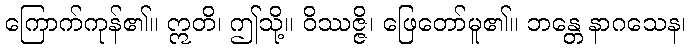
ကြောက်ကုန်၏။ ဣတိ၊ ဤသို့။ ဝိဿဇ္ဇိ၊ ဖြေတော်မူ၏။ ဘန္တေ နာဂသေန၊